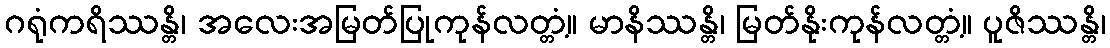
ဂရုံကရိဿန္တိ၊ အလေးအမြတ်ပြုကုန်လတ္တံ့။ မာနိဿန္တိ၊ မြတ်နိုးကုန်လတ္တံ့။ ပူဇိဿန္တိ၊